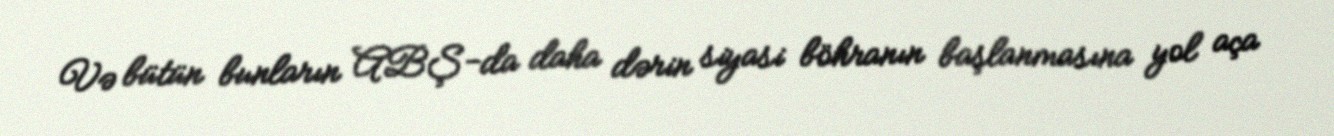
Və bütün bunların ABŞ-da daha dərin siyasi böhranın başlanmasına yol aça